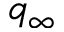
q _ { \infty }